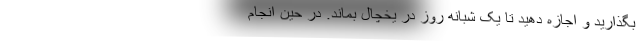
بگذارید و اجازه دهید تا یک شبانه روز در یخچال بماند. در حین انجام